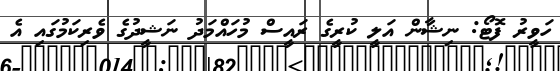
ހަވީރު ފޮޓޯ: ނިޝާން އަލީ ކުރީގެ ރައީސް މުހައްމަދު ނަޝީދުގެ ވެރިކަމުގައި އެ